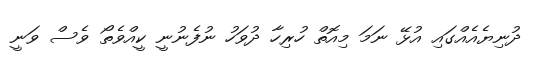
ދުނިޔެއެއްގައި އުޅޭ ނަމަ މިއޮތް ހުރިހާ ދުވަހު ނުފެނުނީ ކީއްވެތޯ ވެސް ވަނީ